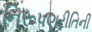
નિરૂપણરીતિની